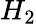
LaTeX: \textstyle H_{2}